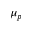
\mu _ { p }